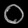
Digit: ၀